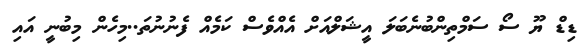
ޑިޑް ޔޫ ސޯ ސަމްތިންބުނެބަލަ އީޝަލްއަށް އެއްވެސް ކަމެއް ފެނުނުތަ..މިހެން މިބުނީ އައި